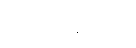
ဣသရေလ၌